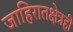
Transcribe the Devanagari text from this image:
जाहिरातक्षेत्रही